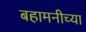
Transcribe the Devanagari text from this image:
बहामनीच्या